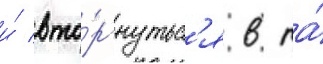
и́ вто́ргнутьс'я в та́